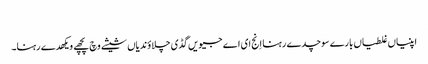
‏
اپنیاں غلطیاں بارے سوچدے رہنا اِنج ای اے جیویں گڈی چلاؤندیاں شیشے وچ پچھے ویکھدے رہنا۔